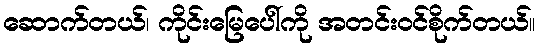
ဆောက်တယ်၊ ကိုင်းမြေပေါ်ကို အတင်းဝင်စိုက်တယ်။